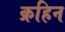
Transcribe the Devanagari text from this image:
क्रहिन